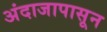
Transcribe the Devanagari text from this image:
अंदाजापासून